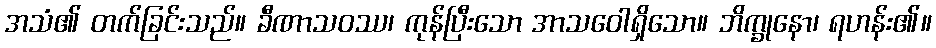
အသံ၏ တက်ခြင်းသည်။ ခီဏာသဝဿ၊ ကုန်ပြီးသော အာသဝေါရှိသော။ ဘိက္ခုနော၊ ရဟန်း၏။